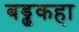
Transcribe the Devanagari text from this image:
बड्ढकहा